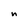
Character: n